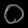
Digit: ၀